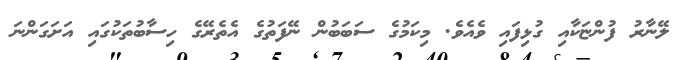
ލޭނާރު ފުންޏަކާއި ގުޅިފައި ވެއެވެ. މިކަމުގެ ސަބަބުން ނޭފަތުގެ އެތެރޭގެ ހިސާބުތަކުގައި އަށަގަންނަ